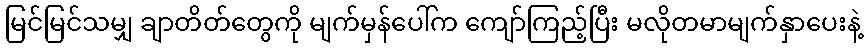
မြင်မြင်သမျှ ချာတိတ်တွေကို မျက်မှန်ပေါ်က ကျော်ကြည့်ပြီး မလိုတမာမျက်နှာပေးနဲ့